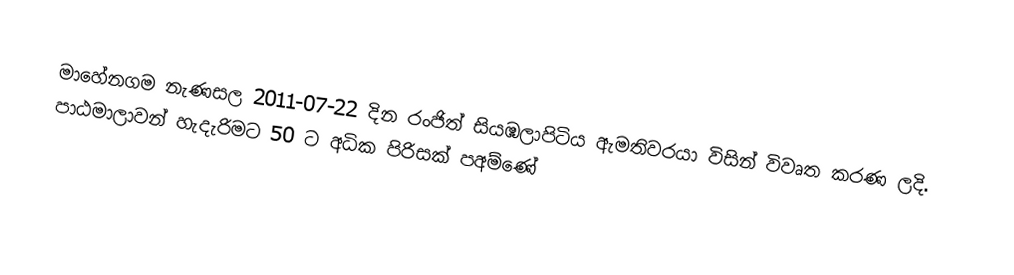
මාහේනගම  නැණසල  2011-07-22 දින රංජිත්   සියඹලාපිටිය ඇමතිවරයා  විසින් විවෘත කරණ ලදි.    පාඨමාලාවන් හැදැරිමට  50 ට අධික පිරිසක්  පඅම්ණේ